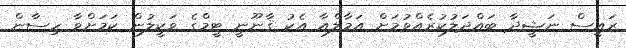
ރައީސް ނަޝީދާ ބައްދަލުކުރެއްވުމަށް އަމާލްއާ އެކު ޤާނޫނީ ޓީމްގެ ވަކީލުން ކަމަށްވާ ހިސާން